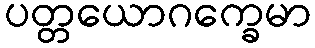
ပတ္တယောဂက္ခေမာ